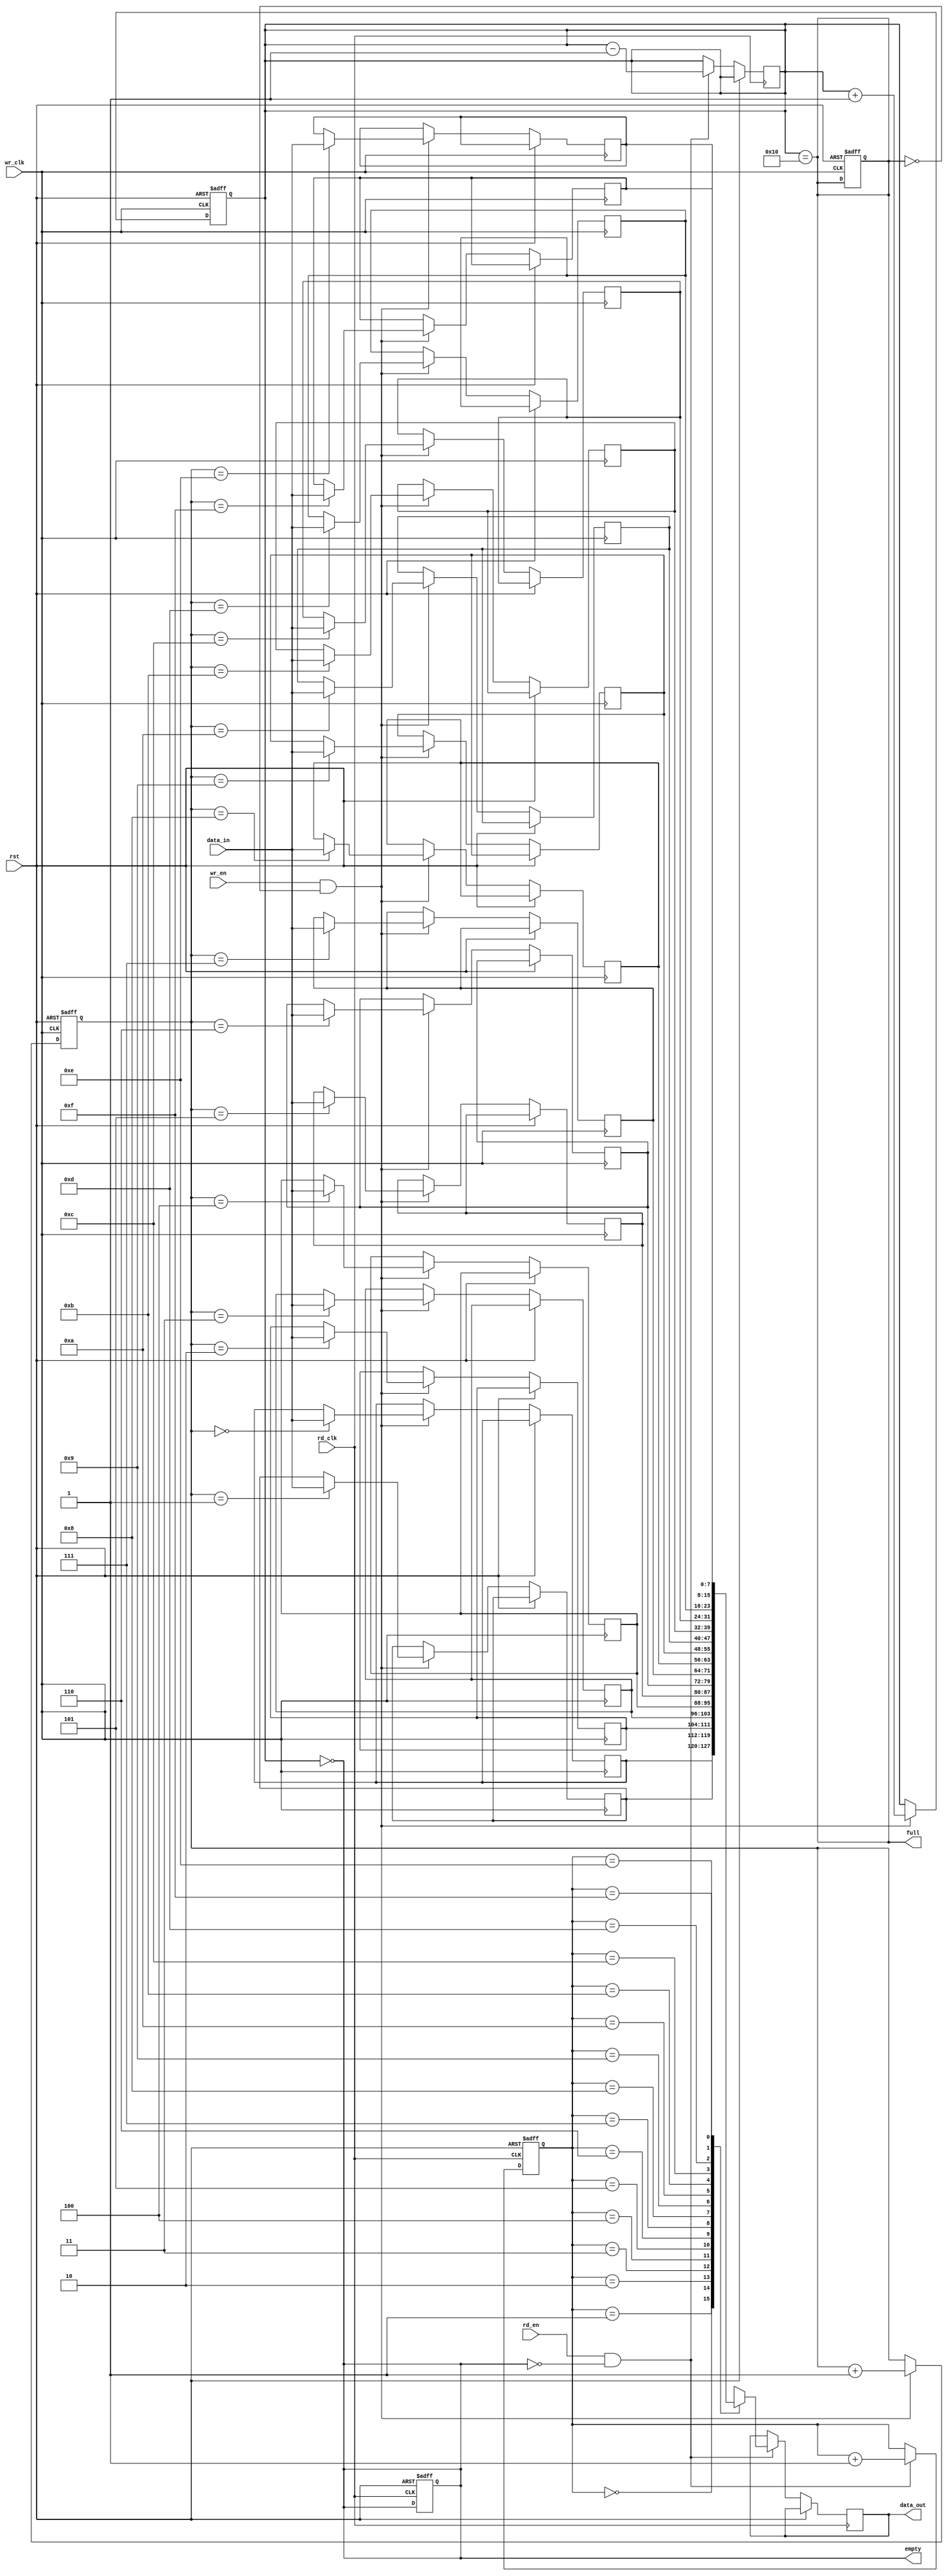
module async_fifo #(
    parameter DATA_WIDTH = 8,  // Width of the data
    parameter DEPTH = 16        // Depth of the FIFO (must be a power of 2)
) (
    input wire wr_clk,          // Write clock
    input wire rd_clk,          // Read clock
    input wire rst,             // Asynchronous reset
    input wire wr_en,           // Write enable
    input wire rd_en,           // Read enable
    input wire [DATA_WIDTH-1:0] data_in, // Data input
    output reg [DATA_WIDTH-1:0] data_out, // Data output
    output reg full,            // Full flag
    output reg empty            // Empty flag
);

    // Internal signal declarations
    reg [DATA_WIDTH-1:0] fifo_mem [0:DEPTH-1]; // FIFO memory
    reg [$clog2(DEPTH)-1:0] wr_ptr;             // Write pointer
    reg [$clog2(DEPTH)-1:0] rd_ptr;             // Read pointer
    reg [$clog2(DEPTH):0] count;                // Count of items in FIFO

    // Asynchronous reset logic
    always @(posedge wr_clk or posedge rst) begin
        if (rst) begin
            wr_ptr <= 0;
            count <= 0;
            full <= 0;
        end else if (wr_en && !full) begin
            fifo_mem[wr_ptr] <= data_in;
            wr_ptr <= wr_ptr + 1;
            count <= count + 1;
        end
    end

    always @(posedge rd_clk or posedge rst) begin
        if (rst) begin
            rd_ptr <= 0;
            empty <= 1;
        end else if (rd_en && !empty) begin
            data_out <= fifo_mem[rd_ptr];
            rd_ptr <= rd_ptr + 1;
            count <= count - 1;
        end
    end

    // Update full and empty flags
    always @(*) begin
        full = (count == DEPTH);
        empty = (count == 0);
    end

endmodule